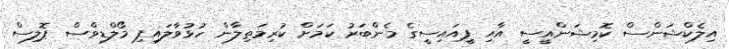
އިލެކްޝަންސް ކޮމިޝަންއީސީ އާއި ޕީއައިސީގެ މެންބަރު ކަމަށް ކުރިމަތިލާން ހުޅުވާލައިިފި މޯލްޑިވްސް ޕޮލިސް